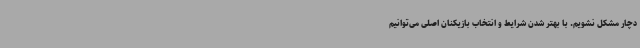
دچار مشکل نشویم. با بهتر شدن شرایط و انتخاب بازیکنان اصلی می‌توانیم